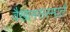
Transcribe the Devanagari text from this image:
वैखानसस्मार्त